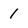
Character: 1